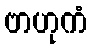
ဗာဟုကံ